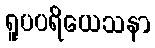
ရူပပရိယေသနာ